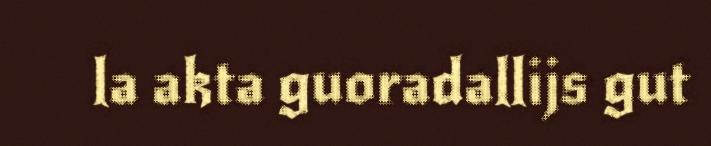
la akta guoradallijs gut